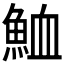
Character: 𩶫